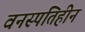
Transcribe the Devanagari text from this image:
वनस्‍पतिहीन